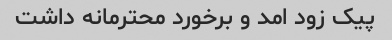
پیک زود امد و برخورد محترمانه داشت